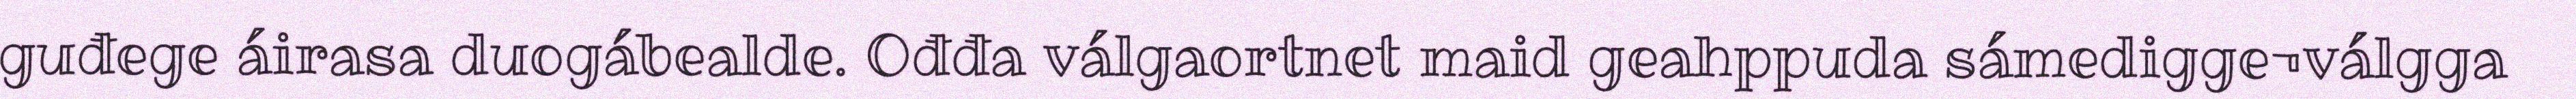
guđege áirasa duogábealde. Ođđa válgaortnet maid geahppuda sámedigge¬válgga